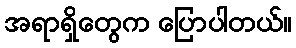
အရာရှိတွေက ပြောပါတယ်။